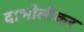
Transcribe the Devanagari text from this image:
दाभोलीकर